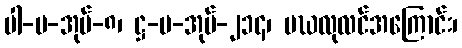
ပါ-ပ-အုပ်-၈၊ ဋ္ဌ-ပ-အုပ်-၂၁၄၊ မဃလုလင်အကြောင်း၊